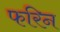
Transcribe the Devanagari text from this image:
फरिन